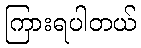
ကြားရပါတယ်